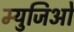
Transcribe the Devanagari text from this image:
म्युजिओ